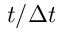
t / \Delta t